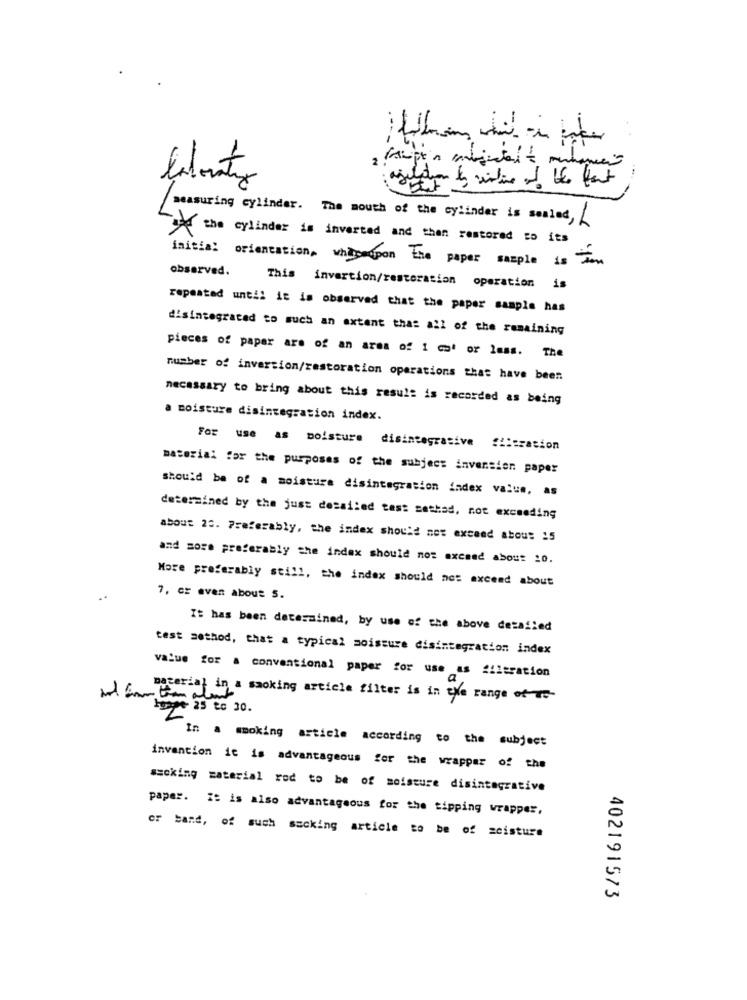
measuring cylinder. The mouth of the cylinder is sealed,
the cylinder is inverted and then restored to its
initial orientation, whileupon the paper sample is ton
observed.
This invertion/restoration operation is
repeated until it is observed that the paper sample has
disintegrated to such an extent that all of the remaining
pieces of paper are of an area of 1 co' or less. The
number of inversion/restoration operations that have been
necessary to bring about this result is recorded as being
a moisture disintegration index.
For use as moisture disintegrasive filtration
material for the purposes of the subject inversion paper
should be of a moisture disintegration index value, as
determined by the just desailed test sethad, not exceeding
about 23. Preferably, the index should not exceed about 15
and sore preferably the index should not exceed about 20.
More preferably still, the index should not exceed about
7. cz aven about 5.
It has been determined, by use of the above detailed
test method, that a typical moissure disintegration index
value for a conventional paper for use as fileration
material in a smoking article filter is in the range of -
1+ 25 20 30.
In a smoking article according to the subject
invention it is advantageous for the wrapper of the
ssoking material rod to be of moisture disintegrative
paper. It is also advantageous for the tipping wrapper,
or band, of such sacking article to be of zcisture
402191573